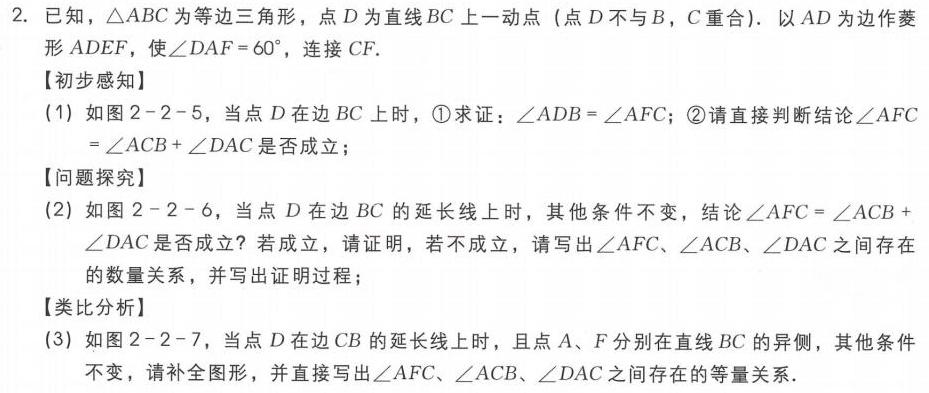
2. 已知，\(\triangle ABC\)为等边三角形，\(D\)为直线\(BC\)上一动点（点\(D\)不与\(B\)，\(C\)重合）. 以\(AD\)为边作菱形\(ADEF\)，使\(\angle DAF = 60^{\circ}\)，连接\(CF\).
【初步感知】
(1) 如图2 - 2 - 5，当点\(D\)在边\(BC\)上时，\textcircled{1}求证：\(\angle ADB=\angle AFC\)；\textcircled{2}请直接判断结论\(\angle AFC=\angle ACB+\angle DAC\)是否成立；
【问题探究】
(2) 如图2 - 2 - 6，当点\(D\)在边\(BC\)的延长线上时，其他条件不变，结论\(\angle AFC=\angle ACB+\angle DAC\)是否成立？若成立，请证明，若不成立，请写出\(\angle AFC\)、\(\angle ACB\)、\(\angle DAC\)之间存在的数量关系，并写出证明过程；
【类比分析】
(3) 如图2 - 2 - 7，当点\(D\)在边\(CB\)的延长线上时，且点\(A\)、\(F\)分别在直线\(BC\)的异侧，其他条件不变，请补全图形，并直接写出\(\angle AFC\)、\(\angle ACB\)、\(\angle DAC\)之间存在的等量关系.